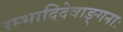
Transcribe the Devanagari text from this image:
रम्भादिदेवाङ्गनाः